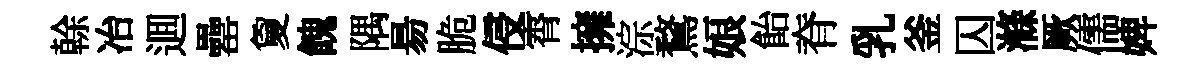
𠏉冶逥罍夐餽隅昜脆侵霄擁淙鶩娘飴脊乳釜囚滌厥儒婢